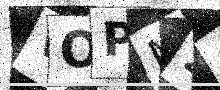
Text: VOPM26